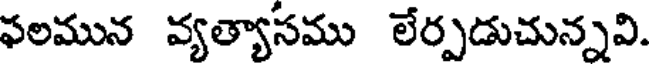
ఫలమున వ్యత్యాసము లేర్పడుచున్నవి.